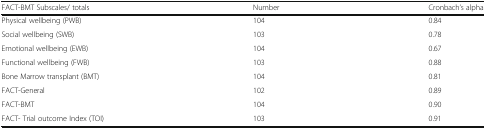
<table><thead><tr><td><b>FACT-BMT Subscales/ totals</b></td><td><b>Number</b></td><td><b>Cronbach’s alpha</b></td></tr></thead><tbody><tr><td>Physical wellbeing (PWB)</td><td>104</td><td>0.84</td></tr><tr><td>Social wellbeing (SWB)</td><td>103</td><td>0.78</td></tr><tr><td>Emotional wellbeing (EWB)</td><td>104</td><td>0.67</td></tr><tr><td>Functional wellbeing (FWB)</td><td>103</td><td>0.88</td></tr><tr><td>Bone Marrow transplant (BMT)</td><td>104</td><td>0.81</td></tr><tr><td>FACT-General</td><td>102</td><td>0.89</td></tr><tr><td>FACT-BMT</td><td>104</td><td>0.90</td></tr><tr><td>FACT- Trial outcome Index (TOI)</td><td>103</td><td>0.91</td></tr></tbody></table>